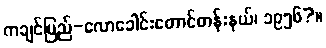
ကချင်ပြည်-လောခေါင်းတောင်တန်းနယ်၊ ၁၉၅၆?။